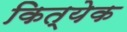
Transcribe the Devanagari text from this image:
कित्‍येक